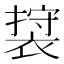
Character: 𮖖